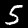
Digit: 5